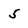
Character: 5